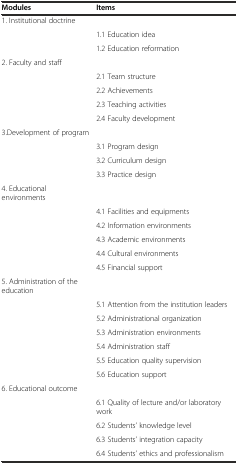
| Modules | Items |
 | --- | --- |
 | 1. Institutional doctrine |  |
 |  | 1.1 Education idea |
 |  | 1.2 Education reformation |
 | 2. Faculty and staff |  |
 |  | 2.1 Team structure |
 |  | 2.2 Achievements |
 |  | 2.3 Teaching activities |
 |  | 2.4 Faculty development |
 | 3.Development of program |  |
 |  | 3.1 Program design |
 |  | 3.2 Curriculum design |
 |  | 3.3 Practice design |
 | 4. Educational environments |  |
 |  | 4.1 Facilities and equipments |
 |  | 4.2 Information environments |
 |  | 4.3 Academic environments |
 |  | 4.4 Cultural environments |
 |  | 4.5 Financial support |
 | 5. Administration of the education |  |
 |  | 5.1 Attention from the institution leaders |
 |  | 5.2 Administrational organization |
 |  | 5.3 Administration environments |
 |  | 5.4 Administration staff |
 |  | 5.5 Education quality supervision |
 |  | 5.6 Education support |
 | 6. Educational outcome |  |
 |  | 6.1 Quality of lecture and/or laboratory work |
 |  | 6.2 Students’ knowledge level |
 |  | 6.3 Students’ integration capacity |
 |  | 6.4 Students’ ethics and professionalism |